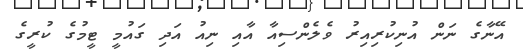
އޭނާގެ ނަން އުނިކުރިއިރު ވެލެންސިއާ އާއި ނިއު އަދި ގައުމީ ޓީމުގެ ކުރީގެ